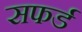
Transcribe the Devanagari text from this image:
सफर्ड